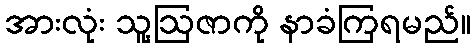
အားလုံး သူ့ဩဇာကို နာခံကြရမည်။